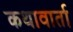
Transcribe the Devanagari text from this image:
कथावार्ता